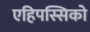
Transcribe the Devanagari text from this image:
एहिपस्सिको